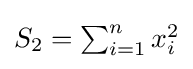
{\textstyle S_{2}=\sum _{i=1}^{n}x_{i}^{2}}